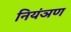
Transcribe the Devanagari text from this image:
नियंञण